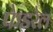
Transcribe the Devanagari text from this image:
फेडरेल